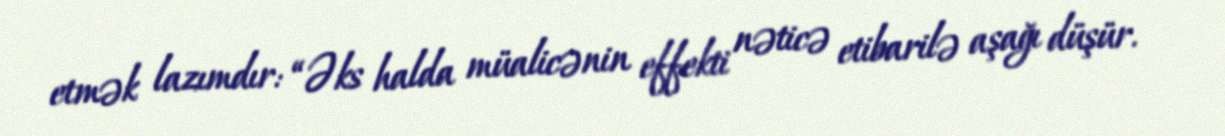
etmək lazımdır: “Əks halda müalicənin effekti nəticə etibarilə aşağı düşür.